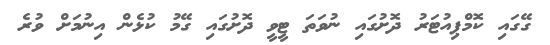
ގޭގައި ކޮމްޕިއުޓަރު ދޮށުގައި ނުވަތަ ޓީވީ ދޮށުގައި ގޭމު ކުޅެން އިނުމަށް ވުރެ